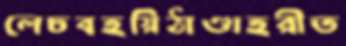
লেচবহয়িঠাণ্ডাহরীত